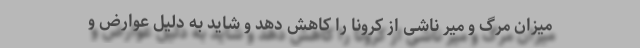
میزان مرگ و میر ناشی از کرونا را کاهش دهد و شاید به دلیل عوارض و